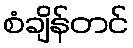
စံချိန်တင်